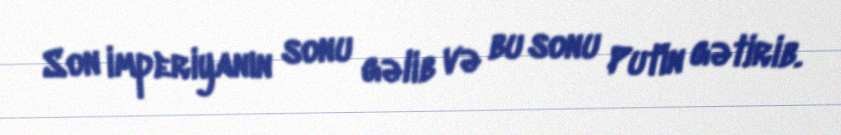
Son imperiyanın sonu gəlib və bu sonu Putin gətirib.